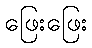
ဖြေးဖြေး